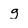
Character: g